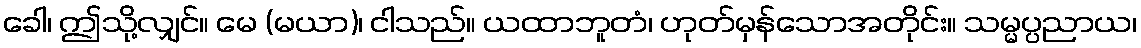
ခေါ၊ ဤသို့လျှင်။ မေ (မယာ)၊ ငါသည်။ ယထာဘူတံ၊ ဟုတ်မှန်သောအတိုင်း။ သမ္မပ္ပညာယ၊